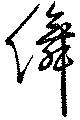
儛